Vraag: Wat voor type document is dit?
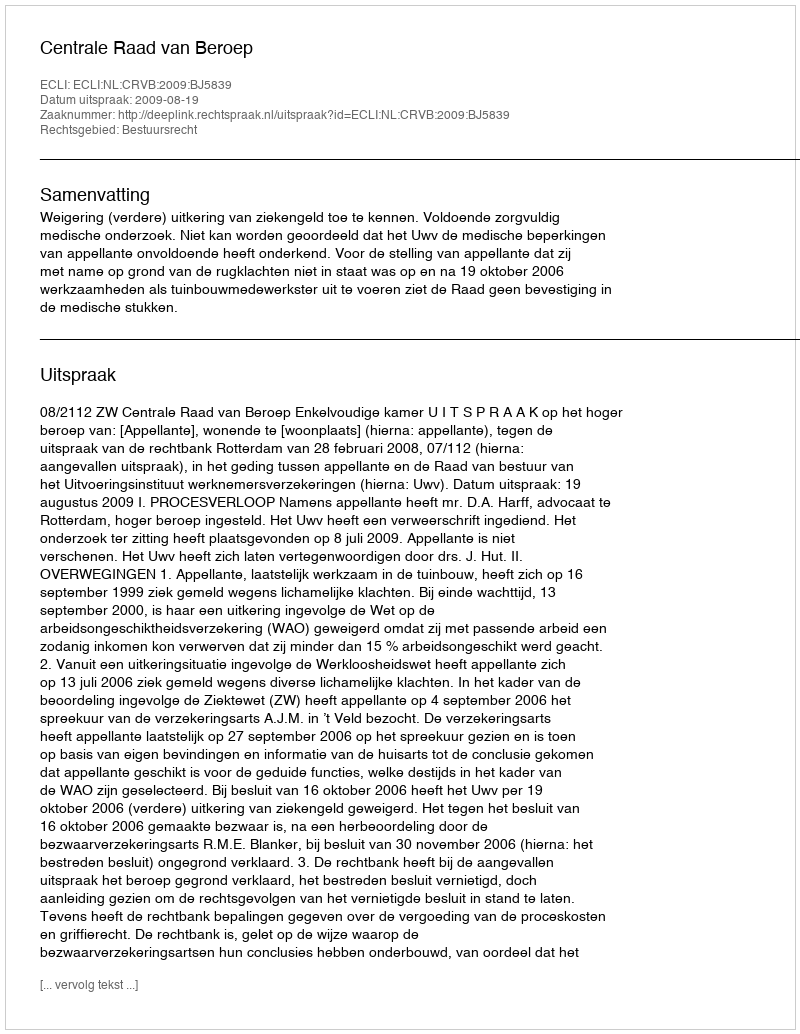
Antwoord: Uitspraak